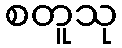
စတူသု